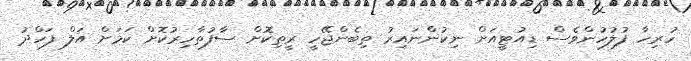
ހުރިހާ ފުލުހުންވެސް ޑިއުޓީއަށް ނިކުންނައިރު ތިބެންޖޭހީ ރީތިކޮށް ސާފުތާހިރުކޮށް ކަމަށް އަލް ފަހްދު